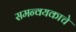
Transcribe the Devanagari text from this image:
समन्वयकाचे